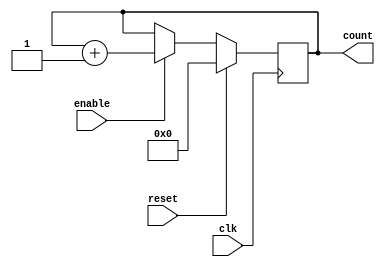
module binary_up_counter_enable(
  input clk,
  input enable,
  input reset,
  output reg[3:0] count
);

always @(posedge clk) begin
  if(reset) begin
    count <= 4'b0000;
  end else begin
    if(enable) begin
      count <= count + 4'b0001;
    end
  end
end

endmodule